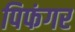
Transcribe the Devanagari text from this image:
पिफंगर